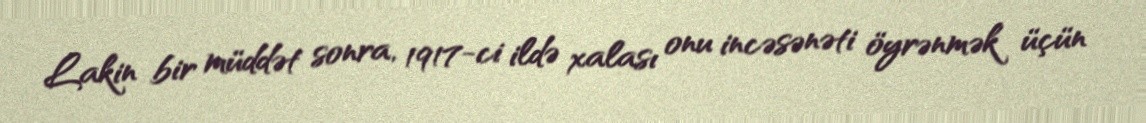
Lakin bir müddət sonra, 1917-ci ildə xalası onu incəsənəti öyrənmək üçün